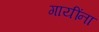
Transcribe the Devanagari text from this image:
गायींना